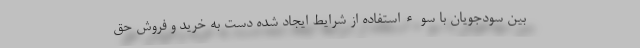
بین سودجویان با سوءاستفاده از شرایط ایجاد شده دست به خرید و فروش حق